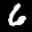
Label: 6